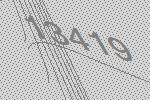
13419